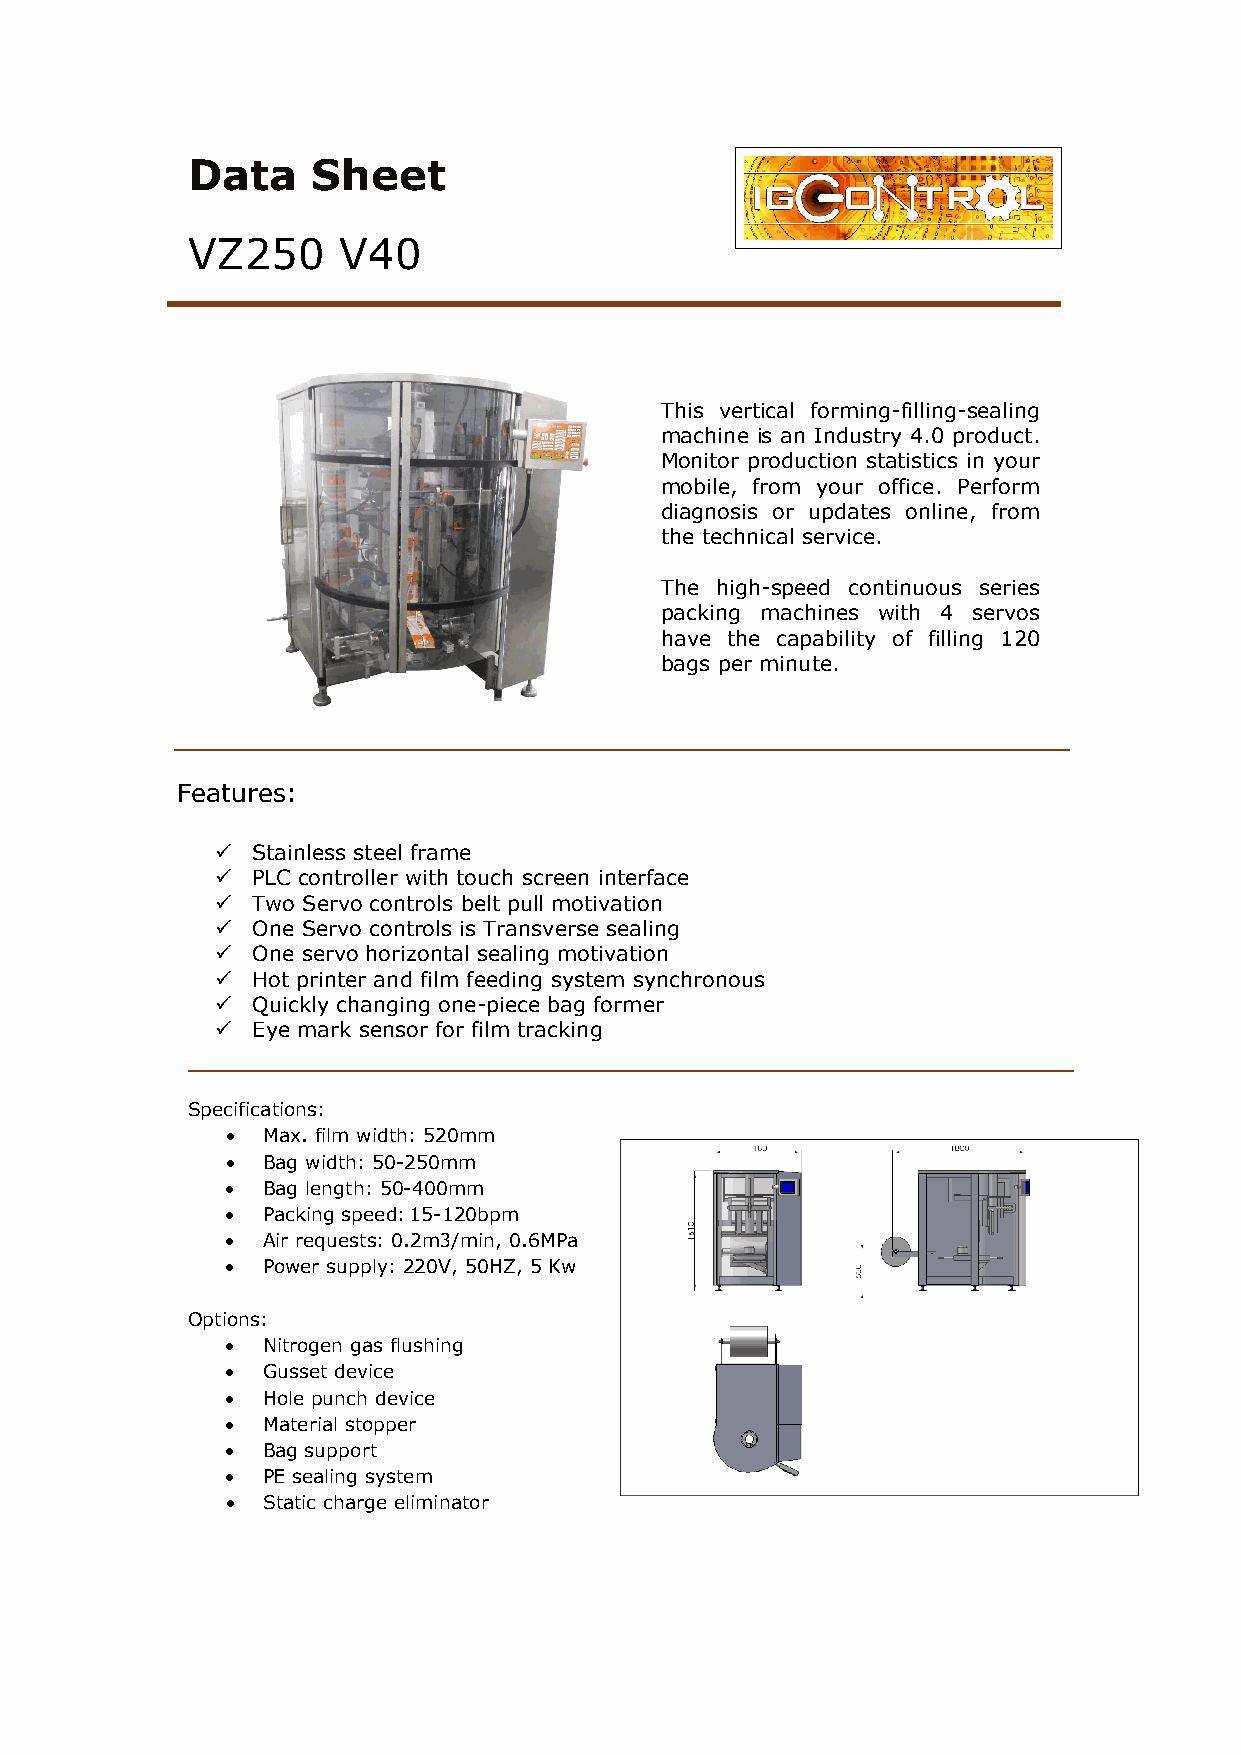
Data     Sheet
 VZ250     V40
 This vertical forming-filling-sealing
 machine is an Industry 4.0 product.
 Monitor production statistics in your
 mobile, from your office. Perform
 diagnosis or updates online, from
 the technical service.
 The high-speed continuous series
 packing machines with 4 servos
 have the capability of filling 120
 bags per minute.
 Features:
   Stainless steel frame
   PLC controller with touch screen interface
   Two Servo controls belt pull motivation
   One Servo controls is Transverse sealing
   One servo horizontal sealing motivation
   Hot printer and film feeding system synchronous
   Quickly changing one-piece bag former
   Eye mark sensor for film tracking
 Specifications:
 • Max. film width: 520mm
 • Bag width: 50-250mm
 • Bag length: 50-400mm
 • Packing speed: 15-120bpm
 • Air requests: 0.2m3/min, 0.6MPa
 • Power supply: 220V, 50HZ, 5 Kw
 Options:
 • Nitrogen gas flushing
 • Gusset device
 • Hole punch device
 • Material stopper
 • Bag support
 • PE sealing system
 • Static charge eliminator